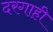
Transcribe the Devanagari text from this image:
दरगाही